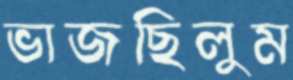
ভাজছিলুম